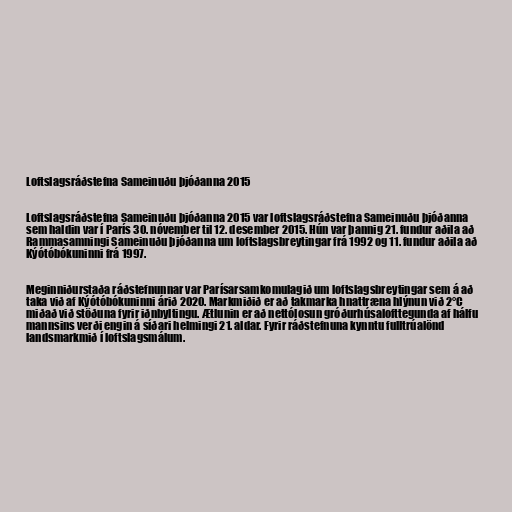
Loftslagsráðstefna Sameinuðu þjóðanna 2015

Loftslagsráðstefna Sameinuðu þjóðanna 2015 var loftslagsráðstefna Sameinuðu þjóðanna
sem haldin var í París 30. nóvember til 12. desember 2015. Hún var þannig 21. fundur aðila að
Rammasamningi Sameinuðu þjóðanna um loftslagsbreytingar frá 1992 og 11. fundur aðila að
Kýótóbókuninni frá 1997.

Meginniðurstaða ráðstefnunnar var Parísarsamkomulagið um loftslagsbreytingar sem á að
taka við af Kýótóbókuninni árið 2020. Markmiðið er að takmarka hnattræna hlýnun við 2°C
miðað við stöðuna fyrir iðnbyltingu. Ætlunin er að nettólosun gróðurhúsalofttegunda af hálfu
mannsins verði engin á síðari helmingi 21. aldar. Fyrir ráðstefnuna kynntu fulltrúalönd
landsmarkmið í loftslagsmálum.